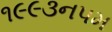
૧૯૯૩નપમ